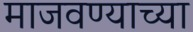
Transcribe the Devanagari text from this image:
माजवण्याच्या